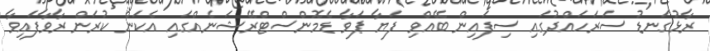
ރާޅުގަނޑު ސަރަހައްދުގައި ސިފައިން ބޭއްވި ފަޔާ ޕަވާ ޑެމޮންސްޓްރޭޝަނެއްގައި އެކަން ކުރަން ރާވާފައިވާ